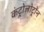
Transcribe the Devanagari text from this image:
कंट्रोलोट्रोंन